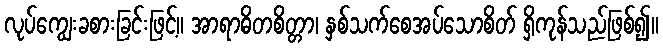
လုပ်ကျွေးခစားခြင်းဖြင့်။ အာရာဓိတစိတ္တာ၊ နှစ်သက်စေအပ်သောစိတ် ရှိကုန်သည်ဖြစ်၍။